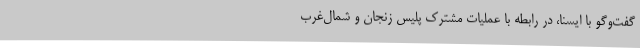
گفت‌وگو با ایسنا، در رابطه با عملیات‌ مشترک پلیس زنجان و شمال‌غرب